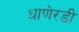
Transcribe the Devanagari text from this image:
धाणेरडी